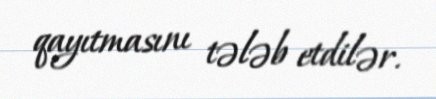
qayıtmasını tələb etdilər.